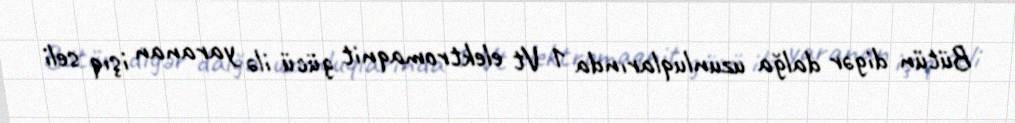
Bütün digər dalğa uzunluqlarında 1 Vt elektromaqnit gücü ilə yaranan işıq seli